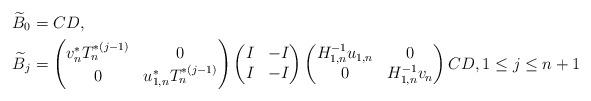
LaTeX: \begin{align*} \widetilde B_0 &= CD, \\ \widetilde B_j &= \begin{pmatrix} v_n^* T_n^{*(j-1)} & 0 \\ 0 & u_{1,n}^* T_n^{*(j-1)} \end{pmatrix} \begin{pmatrix} I & -I \\ I & -I \end{pmatrix} \begin{pmatrix} H_{1,n}^{-1} u_{1,n} & 0 \\ 0 & H_{1,n}^{-1} v_{n} \end{pmatrix} CD, 1\le j \le n+1\end{align*}